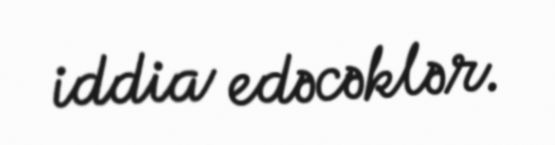
iddia edəcəklər.